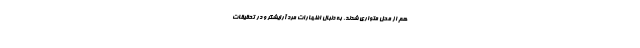
هم از محل متواری شدند. به دنبال اظهارات مرد آرایشگر و در تحقیقات